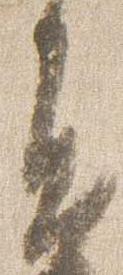
進